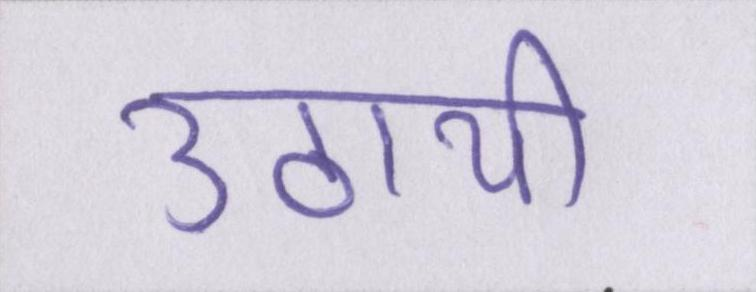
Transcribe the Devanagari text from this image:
उठायी